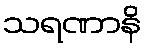
သရဏာနိ